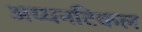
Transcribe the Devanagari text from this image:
अय्यनटिकल